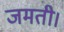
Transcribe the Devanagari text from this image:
जमती।